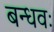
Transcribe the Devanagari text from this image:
बन्धवः